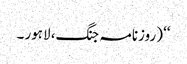
‘‘ (روزنامہ جنگ، لاہور ۔